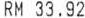
RM 33.92